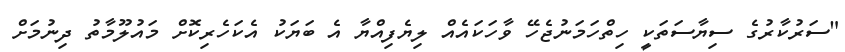
"ސަރުކާރުގެ ސިޔާސަތަކީ ހިތްހަމަނުޖެހޭ ވާހަކައެއް ލިޔެފިއްޔާ އެ ބަޔަކު އެކަހެރިކޮށް މައުލޫމާތު ދިނުމަށް